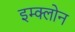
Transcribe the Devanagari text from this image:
इम्‍क्‍लोन